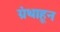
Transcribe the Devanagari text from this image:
ग्रंथाहून